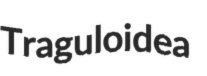
Traguloidea